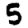
Digit: 5